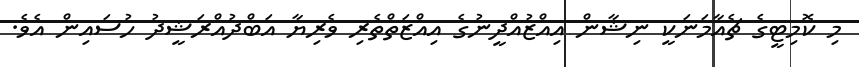
މި ކޮމިޓީގެ ޗެއާމަނަކީ ނިޝާން އިއްޒުއްދީނުގެ އިއްޒަތްތެރި ވެރިޔާ އަބްދުއްރަޝީދު ހުސައިން އެވެ.